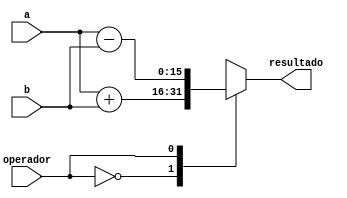
`timescale 1ns / 1ps









module alu #(parameter N_BITS = 16)
				(
					output reg signed [N_BITS-1:0] resultado ,
					input signed [N_BITS-1:0] a,
					input signed [N_BITS-1:0] b,
					input operador
				);
				always@(*)
				begin
					case(operador)
						0: resultado = a+b;
						1: resultado = a-b;
					endcase
				end
endmodule